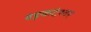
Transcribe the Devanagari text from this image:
वेङ्कटेश्वर